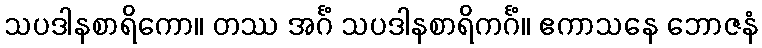
သပဒါနစာရိကော။ တဿ အင်္ဂံ သပဒါနစာရိကင်္ဂံ။ ဧကာသနေ ဘောဇနံ